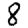
Digit: 8